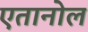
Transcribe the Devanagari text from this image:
एतानोल